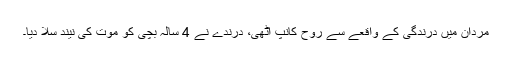
مردان میں درندگی کے واقعے سے روح کانپ اٹھی، درندے نے 4 سالہ بچی کو موت کی نیند سلا دیا۔